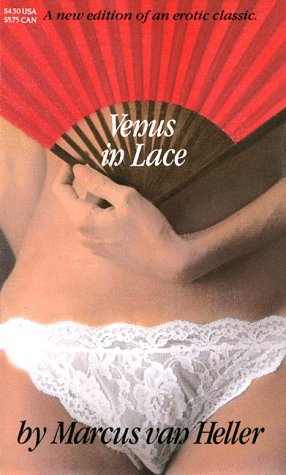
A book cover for Venus in Lace (Victorian erotic classics); Marcus van Heller; Romance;